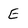
Character: E